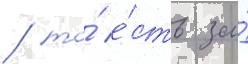
/ то́ е́сть за́